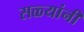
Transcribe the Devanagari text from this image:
सळ्यांनी